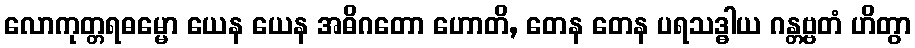
လောကုတ္တရဓမ္မော ယေန ယေန အဓိဂတော ဟောတိ, တေန တေန ပရသဒ္ဓါယ ဂန္တဗ္ဗတံ ဟိတွာ